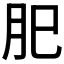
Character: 𦘺